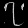
Digit: ၇